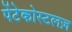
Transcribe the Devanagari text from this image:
पेंटेकोस्टलज़